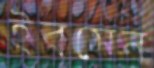
ইবসেন